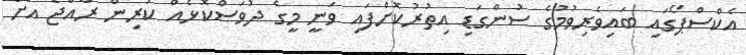
އެކްސްޕޯގައި ބައިވެރިވުމުގެ ސުންގަޑި އިތުރުކޮށްފައި ވަނީ މީގެ ދުވަސްކޮޅެއް ކުރިން ރާއްޖެ އަށް